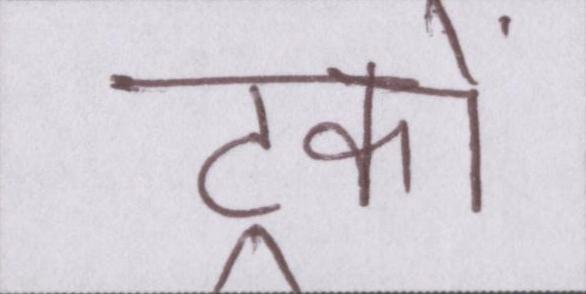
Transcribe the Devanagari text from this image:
ट्रकों